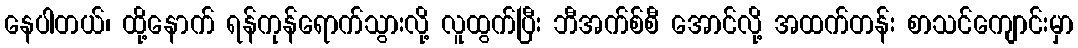
နေပါတယ်၊ ထို့နောက် ရန်ကုန်ရောက်သွားလို့ လူထွက်ပြီး ဘီအက်စ်စီ အောင်လို့ အထက်တန်း စာသင်ကျောင်းမှာ